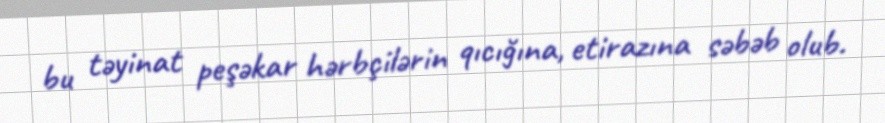
bu təyinat peşəkar hərbçilərin qıcığına, etirazına səbəb olub.